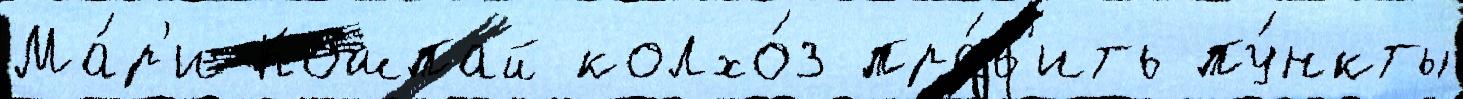
Ма́р'и-Кошпай колхо́з пра́в'ить пу́нкты